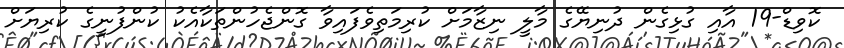
ކޮވިޑް-19 އާއި ގުޅިގެން ދުނިޔޭގެ މާލީ ނިޒާމަށް ކުރިމަތިވެފައިވާ ގޮންޖެހުންތަކާއެކު ކުންފުނީގެ ކުރިޔަށް